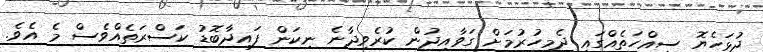
ދުޅަހެޔޮ ސިއްހަތެއްގައި ދެމިހުރުމަށް ގަވާއިދުން ކުރެވިދާނެ ނިކަން ފައިދާބޮޑު ކަސްރަތެއްވެސް މެ އެވެ.